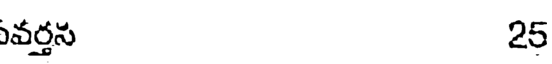
వర్తస 25